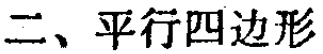
二、平行四边形